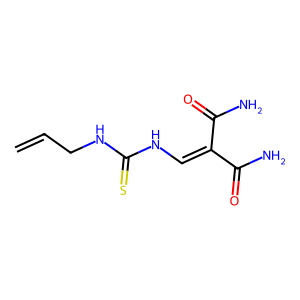
SMILES: C=CCNC(=S)NC=C(C(N)=O)C(N)=O
Inhibits HIV replication: No